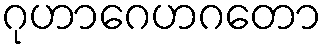
ဂုဟာဂေဟဂတော